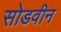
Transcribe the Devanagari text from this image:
सोडवीन